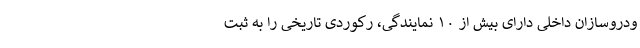
ودروسازان داخلی دارای بیش از ۱۰ نمایندگی، رکوردی تاریخی را به ثبت